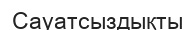
Сауатсыздықты